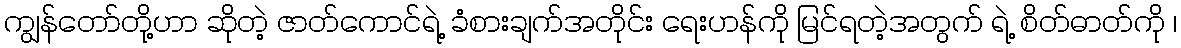
ကျွန်တော်တို့ဟာ ဆိုတဲ့ ဇာတ်ကောင်ရဲ့ ခံစားချက်အတိုင်း ရေးဟန်ကို မြင်ရတဲ့အတွက် ရဲ့ စိတ်ဓာတ်ကို ၊